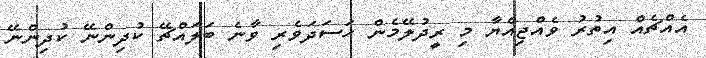
އެއްޗެއް އިތުރު ވެއްޖިއްޔާ މި ރީދުލޭމެން ހަސަދަވެރި ވާނެ ބަލައްޗޭ ކުދިންނޭ ކުދިންނޭ